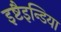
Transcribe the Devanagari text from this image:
इष्टैइन्डिया